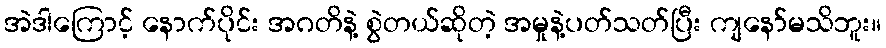
အဲဒါကြောင့် နောက်ပိုင်း အဂတိနဲ့ စွဲတယ်ဆိုတဲ့ အမှုနဲ့ပတ်သတ်ပြီး ကျနော်မသိဘူး။